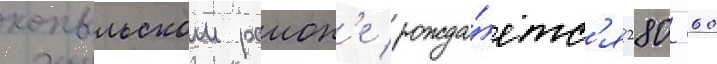
копыльском раион'е рожда́етс'я 280-360